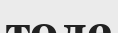
толе